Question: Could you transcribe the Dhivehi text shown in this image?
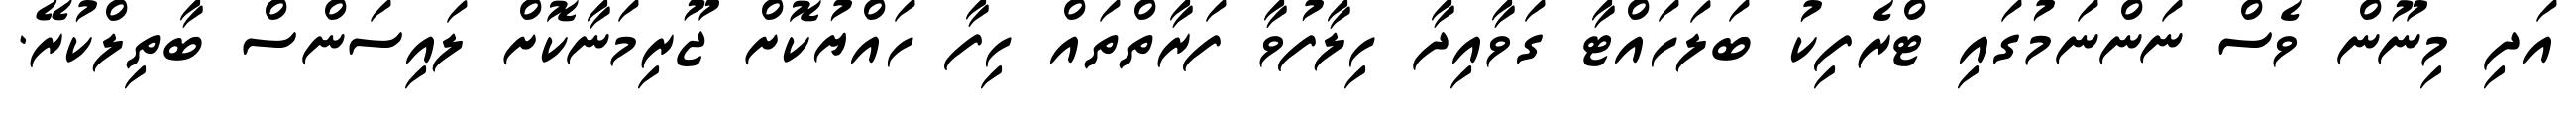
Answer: އަދި މިނޫން ވެސް ނަންނަމުގައި ޓްރެފިކު ބަލަހައްޓާ ގަވާއިދާ ހިލާފުވާ ފަރާތްތައް ހިފާ ހައްޔުކޮށް ޖޫރިމަނާކޮށް ލައިސަންސް ބާތިލްކުރޭ.